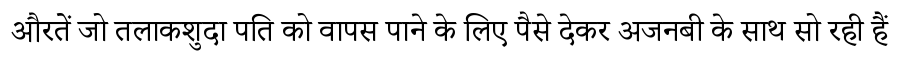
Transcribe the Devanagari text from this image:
औरतें जो तलाकशुदा पति को वापस पाने के लिए पैसे देकर अजनबी के साथ सो रही हैं